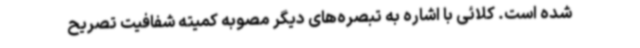
شده است. کلائی با اشاره به تبصره‌های دیگر مصوبه کمیته شفافیت تصریح